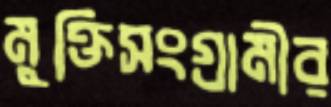
মুক্তিসংগ্রামীর